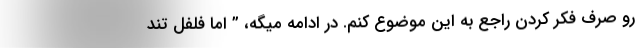
رو صرف فکر کردن راجع به این موضوع کنم. در ادامه میگه، ” اما فلفل تند